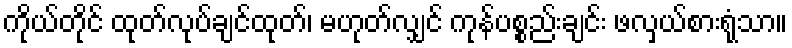
ကိုယ်တိုင် ထုတ်လုပ်ချင်ထုတ်၊ မဟုတ်လျှင် ကုန်ပစ္စည်းချင်း ဖလှယ်စားရုံသာ။